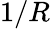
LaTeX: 1/R